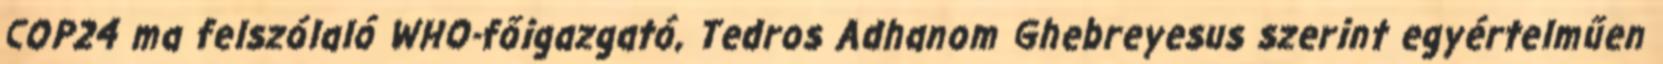
COP24 ma felszólaló WHO-főigazgató, Tedros Adhanom Ghebreyesus szerint egyértelműen